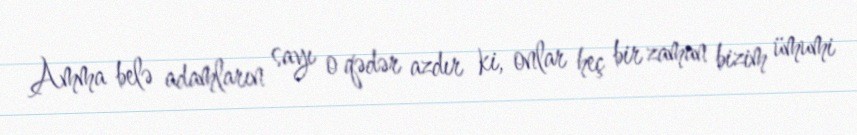
Amma belə adamların sayı o qədər azdır ki, onlar heç bir zaman bizim ümumi